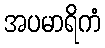
အပမာရိကံ